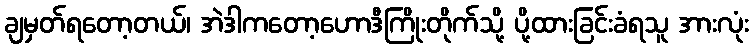
ချမှတ်ရတော့တယ်၊ အဲဒါကတော့ဟောဒီကြိုးတိုက်သို့ ပို့ထားခြင်းခံရသူ အားလုံး